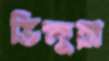
ভিক্ষুরা